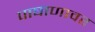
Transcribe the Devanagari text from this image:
पाषाणावर